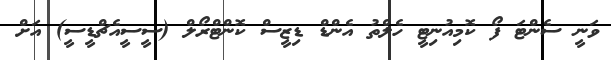
ވަނީ ސެންޓަ ފޯ ކޮމިއުނިޓީ ހެލްތު އެންޑް ޑިޒީސް ކޮންޓްރޯލް (ސީސީއެޗްޑީސީ) އަށް